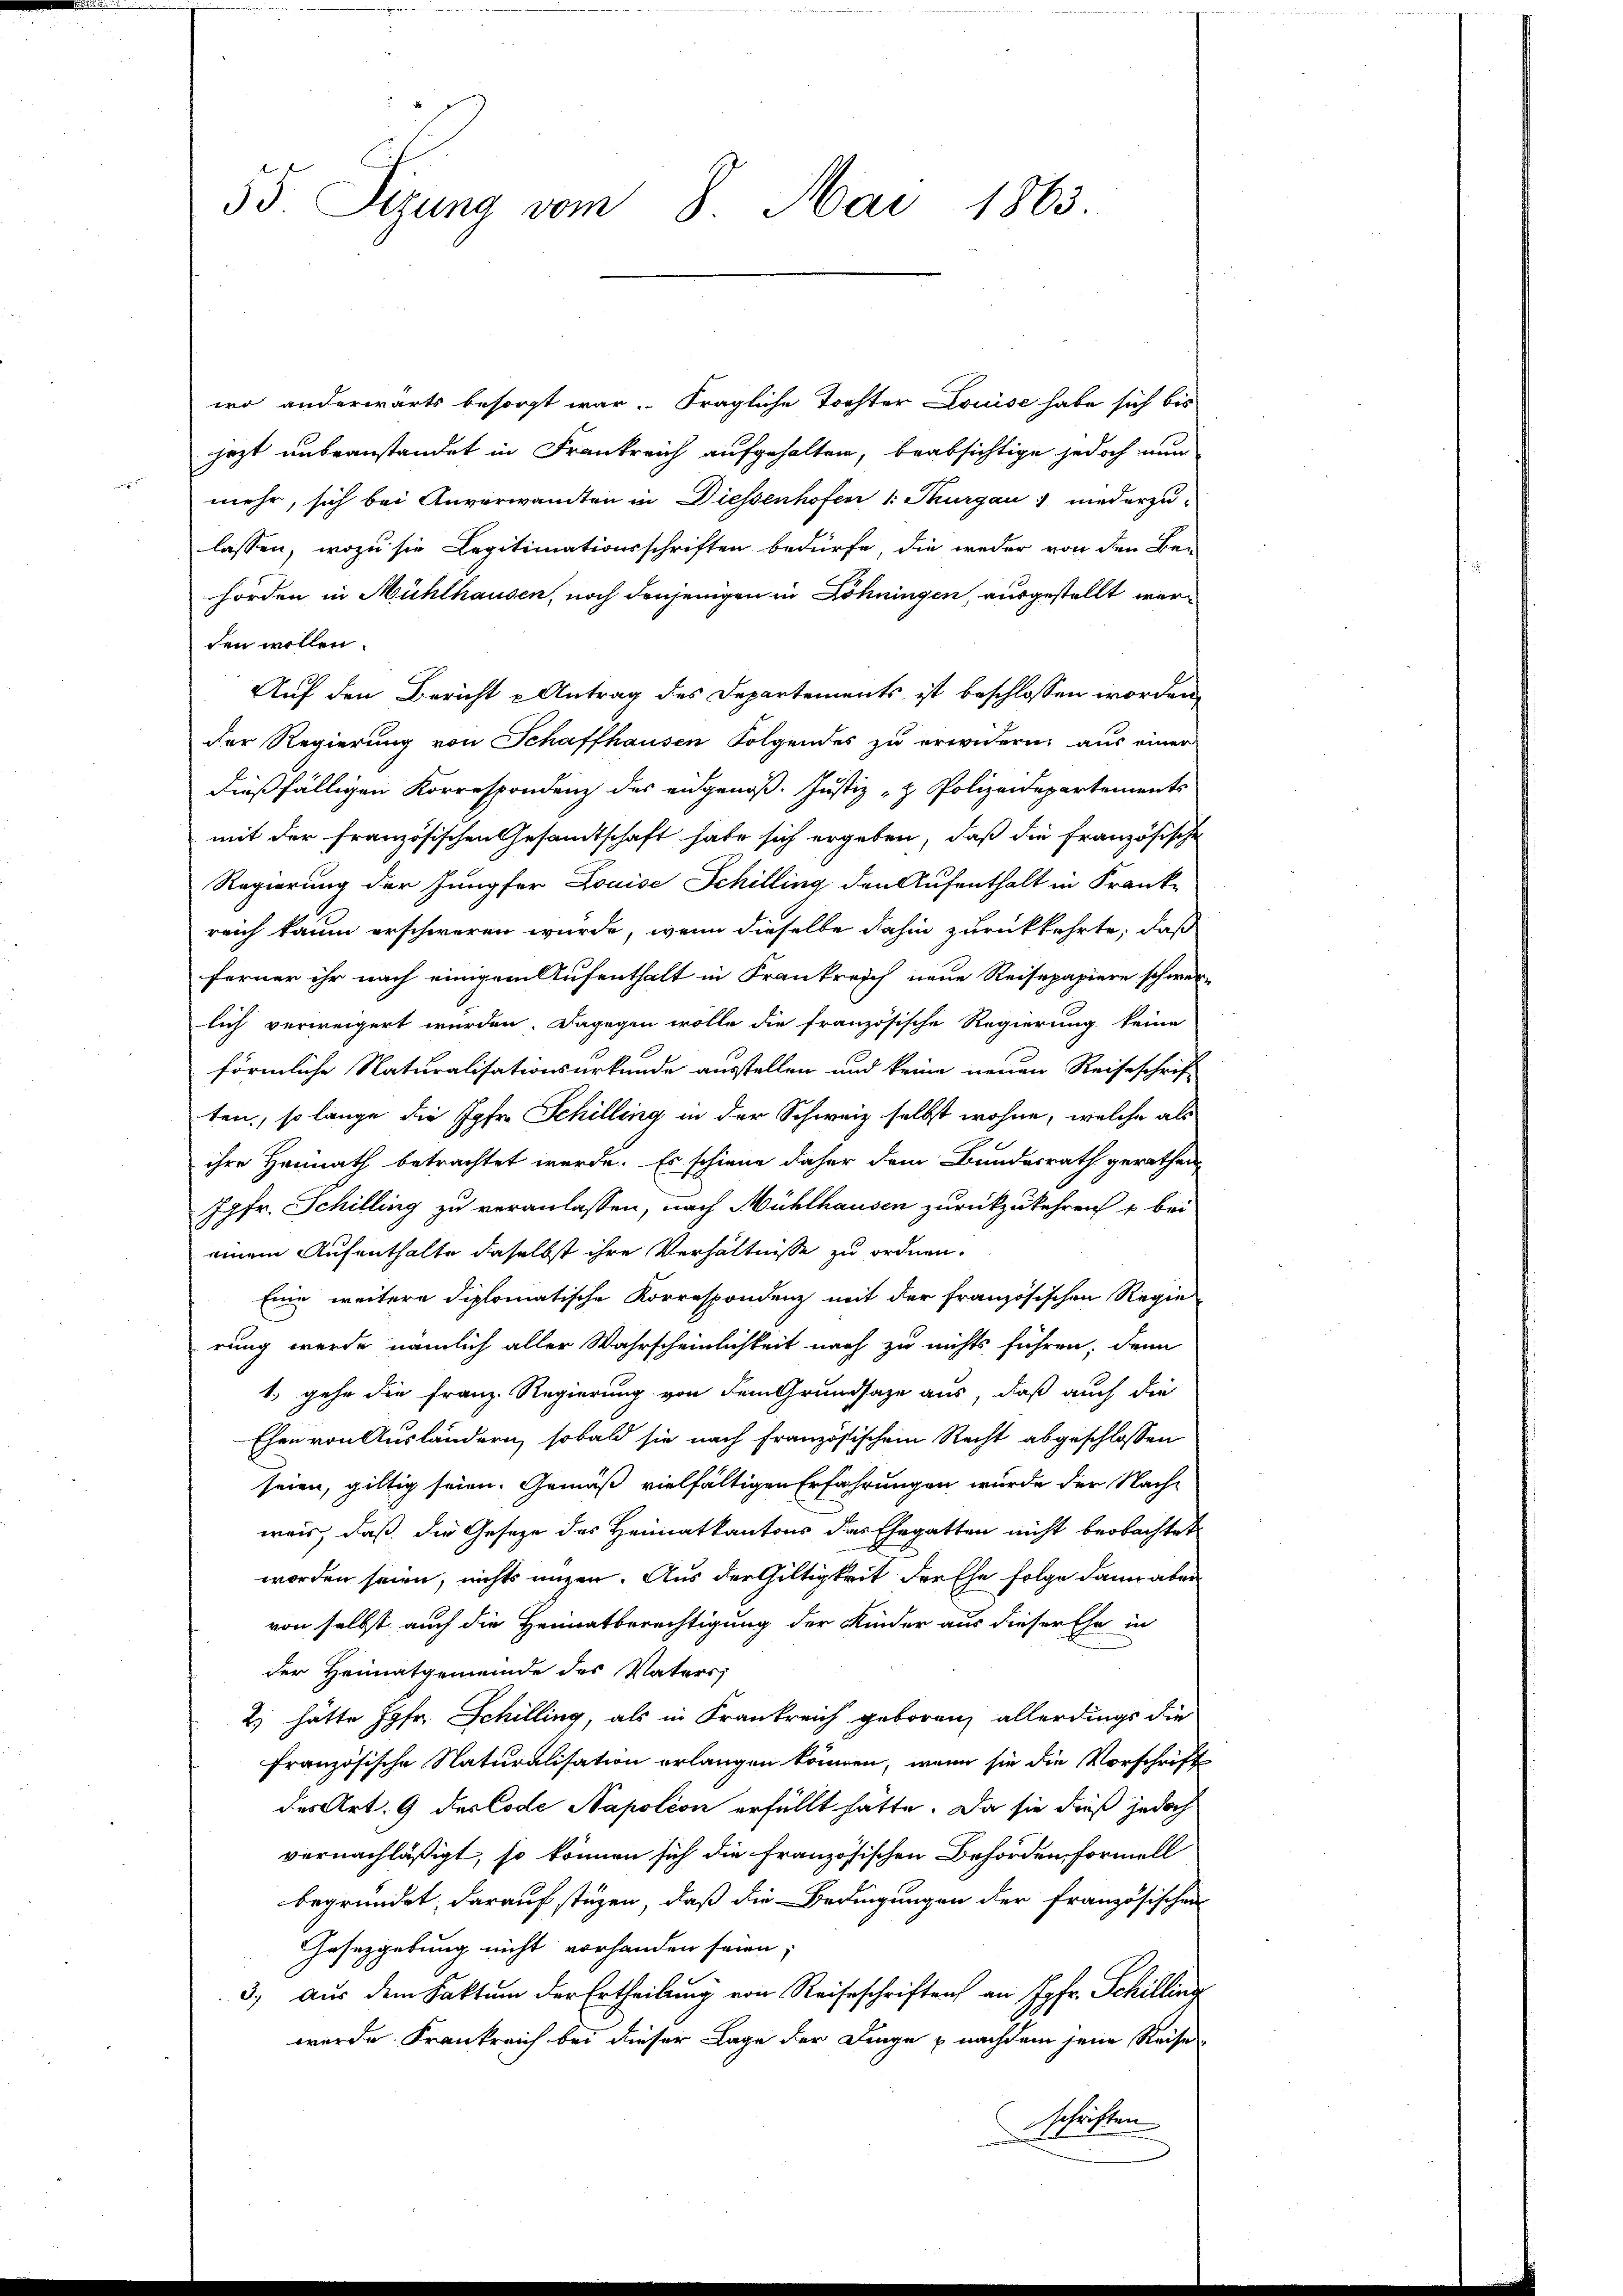
55 Sizung vom 8. Mai 1863.

den wollen.
Auf den Bericht u Antrag des Departements ist beschlossen worden
der Regierung von Schaffhausen Folgendes zu erwidern, aus einer
dießfälligen Korrespondenz des eidgenoß. Justiz- & Polizeidepartements
mit der französischen Gesamtschaft habe sich ergeben, daß die französische
Regierung der Jungfer Louise Schilling den Aufenthalt in Frank-
reich kaum erschweren wurde, wenn dieselbe dahin zurückkehrte, daß
ferner ihr nach einigem Aufenthalt in Frankreich neue Reisepapiere schwer-
lich verweigert wurden. Dagegen wolle die französische Regierung keine
förmliche Naturalisationsurkunde ausstellen und keine neuen Reiseschrif
ten, so lange die Jgfr. Schilling in der Schweiz selbst wohne, welche als
ihre Heimath betrachtet werde. Es schiene daher dem Bundesrath gerathen,
Jgfr. Schilling zu veranlassen, nach Mühlhausen zurückzukehren u bei
einem Aufenthalte daselbst ihre Verhältnisse zu ordnen.
Eine weitere diplomatische Korrespondenz mit der französischen Regie-
rung werde nämlich aller Wahrscheinlichkeit nach zu nichts führen; denn
1. gehe die Franz Regierung von dem Grundsaze aus, daß auch die
Ehen von Ausländern, sobald sie nach französischem Recht abgeschlossen
seien, giltig seien. Gemäß vielfältigen Erfahrungen wurde der Nachwas, daß die Gesetze des Heimatkantons des Ehegatten nicht beobachtet
worden seien, nichts ungen. Aus der Gültigkeit der Ehe folge dann aber
von selbst auch die Heimatberechtigung der Kinder aus dieser Ehe in
der Heimatgemeinde des Vaters,
2) hätte Jgfr. Schilling, als in Frankreich geboren, allerdings die
französische Naturalisation erlangen können, wenn sie die Vorschrift
des Art. 9 des Code Napoléon erfüllt hätte. Da sie dieß jedoch
vernachläßigt, so können sich die Französischen Behörden, Formell
begründet, darauf stüzen, daß die Bedingungen der französischen
Gesetzgebung nicht vorhanden seien;
3.) Aus dem Faktum der Ertheilung von Reiseschriften an Jgfr. Schilling
werde. Frankreich bei dieser Lage der Dinge nachdem jene Reise
schriften

wo anderwärts besorgt war. Fragliche Tochter Louise habe sich bis
jezt unbeanstandet in Frankreich aufgehalten, beabsichtige jedoch nun
mehr, sich bei Anverwandten in Diessenhofer 1. Thurgau niederzu-
lassen, wozu sie Legitimationsschriften bedürfe, die weder von den Be-
hörden in Mühlhausen, noch denjenigen in Löhningen, ausgestellt wer¬